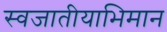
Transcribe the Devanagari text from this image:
स्वजातीयाभिमान